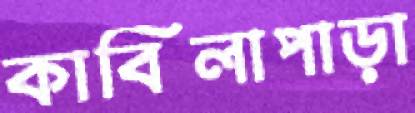
কাবিলাপাড়া